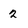
Character: 2